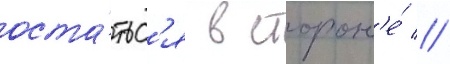
оста́тьс'я в сторон'е́ //